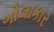
ગોલાકાર